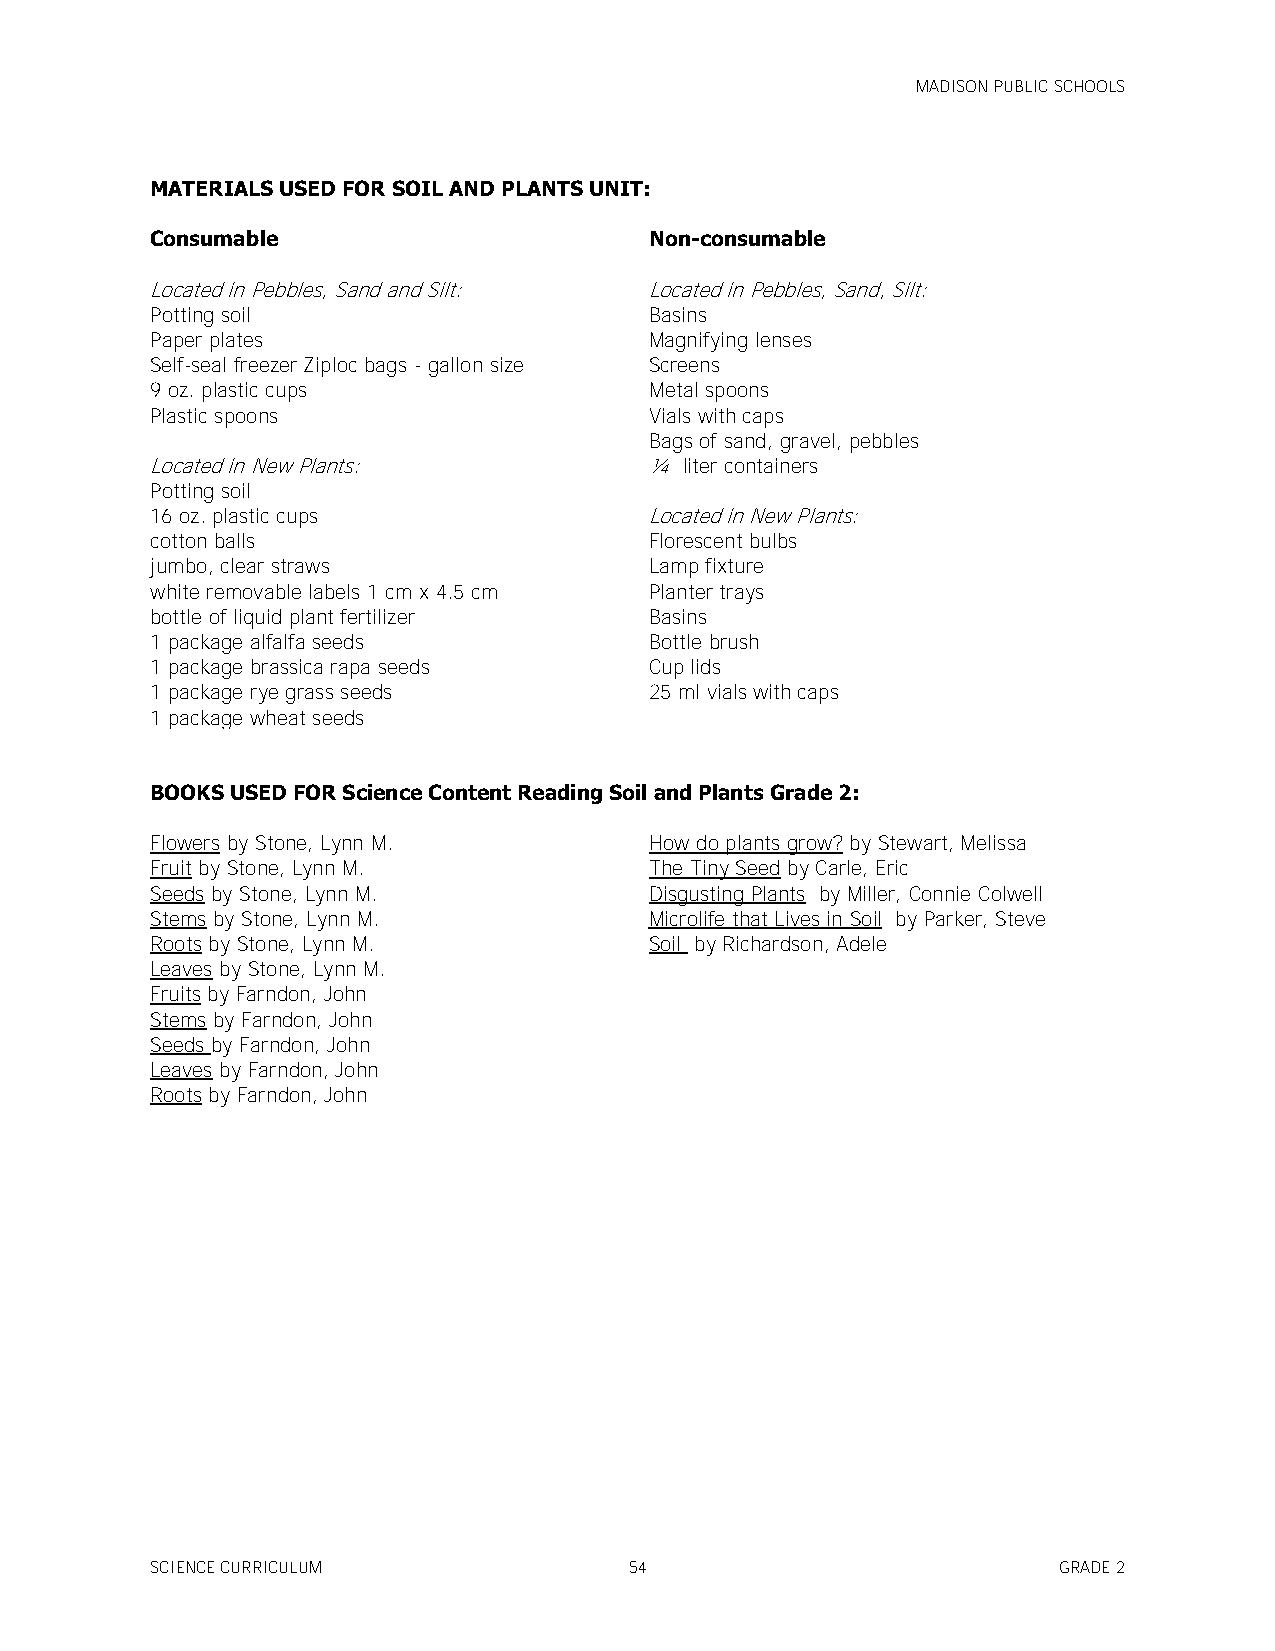
MADISON PUBLIC SCHOOLS
 MATERIALS USED FOR SOIL AND PLANTS UNIT:
 Consumable                       Non-consumable
 Located in Pebbles, Sand and Silt: Located in Pebbles, Sand, Silt:
 Potting soil                     Basins
 Paper plates                     Magnifying lenses
 Self-seal freezer Ziploc bags - gallon size Screens
 9 oz. plastic cups               Metal spoons
 Plastic spoons                   Vials with caps
 Bags of sand, gravel, pebbles
 Located in New Plants:           ¼ liter containers
 Potting soil
 16 oz. plastic cups              Located in New Plants:
 cotton balls                     Florescent bulbs
 jumbo, clear straws              Lamp fixture
 white removable labels 1 cm x 4.5 cm Planter trays
 bottle of liquid plant fertilizer Basins
 1 package alfalfa seeds          Bottle brush
 1 package brassica rapa seeds    Cup lids
 1 package rye grass seeds        25 ml vials with caps
 1 package wheat seeds
 BOOKS USED FOR Science Content Reading Soil and Plants Grade 2:
 Flowers by Stone, Lynn M.        How do plants grow? by Stewart, Melissa
 Fruit by Stone, Lynn M.          The Tiny Seed by Carle, Eric
 Seeds by Stone, Lynn M.          Disgusting Plants by Miller, Connie Colwell
 Stems by Stone, Lynn M.          Microlife that Lives in Soil by Parker, Steve
 Roots by Stone, Lynn M.          Soil by Richardson, Adele
 Leaves by Stone, Lynn M.
 Fruits by Farndon, John
 Stems by Farndon, John
 Seeds by Farndon, John
 Leaves by Farndon, John
 Roots by Farndon, John
 SCIENCE CURRICULUM              54                          GRADE 2